Plague in India, 1896, 1897 - Volume 2
Year: 1896
Disease focus: Plague
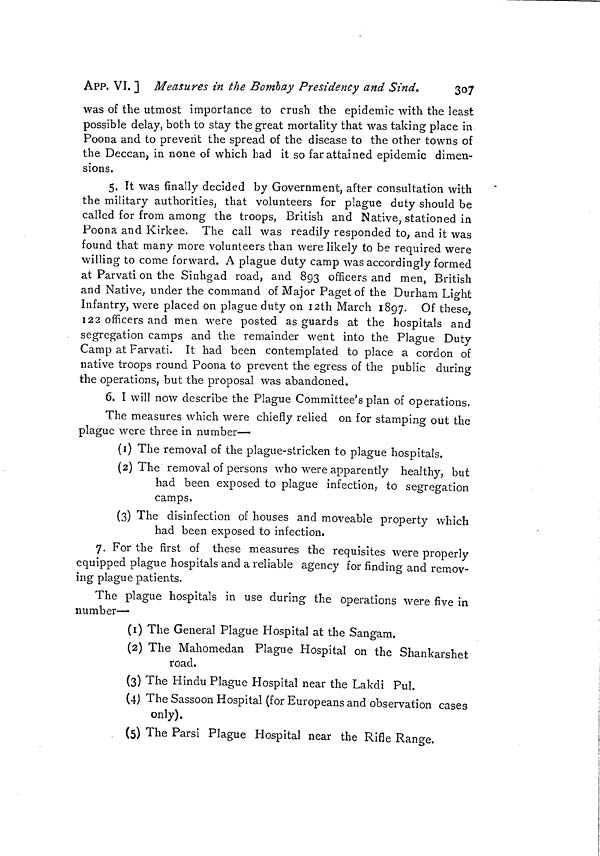
APP. VI. ] Measures in the Bombay Presidency and Sind,
307
was of the utmost importance to crush the epidemic with the least
possible delay, both to stay the great mortality that was taking place in
Poona and to prevent the spread of the disease to the other towns of
the Deccan, in none of which had it so far attained epidemic dimen-
sions.
5. It was finally decided by Government, after consultation with
the military authorities, that volunteers for plague duty should be
called for from among the troops, British and Native, stationed in
Poona and Kirkee. The call was readily responded to ; and it was
found that many more volunteers than were likely to be required were
willing to come forward. A plague duty camp was accordingly formed
at Parvati on the Sinhgad road, and 893 officers and men, British
and Native, under the command of Major Paget of the Durham Light
Infantry, were placed on plague duty on I2th March 1897. Of these,
122 officers and men were posted as guards at the hospitals and
segregation camps and the remainder went into the Plague Duty
Camp at Farvati. It had been contemplated to place a cordon of
native troops round Poona to prevent the egress of the public during
the operations, but the proposal was abandoned.
6. I will now describe the Plague Committee's plan of operations.
The measures which were chiefly relied on for stamping out the
plague were three in number—
(1) The removal of the plague-stricken to plague hospitals.
(2) The removal of persons who were apparently healthy, but
had been exposed to plague infection, to segregation
camps.
(3) The disinfection of houses and moveable property which
had been exposed to infection.
7. For the first of these measures the requisites were properly
equipped plague hospitals and a reliable agency for finding and remov-
ing plague patients.
The plague hospitals in use during the operations were five in
number—
(1) The General Plague Hospital at the Sangam.
(2) The Mahomedan Plague Hospital on the Shankarshet
road.
(3) The Hindu Plague Hospital near the Lakdi Pul.
(4) The Sassoon Hospital (for Europeans and observation cases
only).
(5) The Parsi Plague Hospital near the Rifle Range.